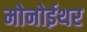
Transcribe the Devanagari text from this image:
मोनोईथर